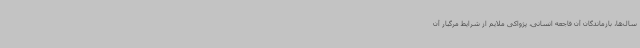
سال‌ها، بازماندگان آن فاجعه انسانی، پژواکی ملایم از شرایط مرگبار آن